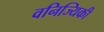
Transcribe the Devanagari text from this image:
वनिज्यिकी